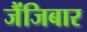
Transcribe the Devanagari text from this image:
जैंजिबार